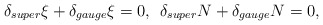
\begin{align*}\delta_{super}\xi + \delta_{gauge}\xi = 0 ,\:\:\delta_{super}N + \delta_{gauge}N = 0,\end{align*}